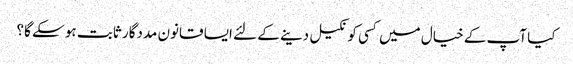
کیا آپ کے خیال میں کسی کو نکیل دینے کے لئے ایسا قانون مددگار ثابت ہو سکے گا؟